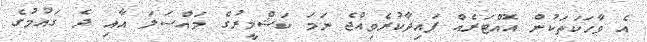
އެ ވާހަކަތަކުން އޮއްޓަރެއް ފައިދާކުރެވިއްޖެ ނަމަ ކަޝްމީރުގެ މައްސަލަ އާއި ދެ ގައުމުގެ